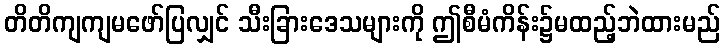
တိတိကျကျမဖော်ပြလျှင် သီးခြားဒေသများကို ဤစီမံကိန်း၌မထည့်ဘဲထားမည်